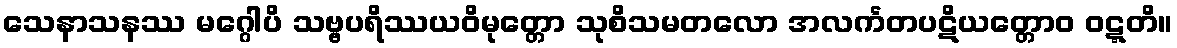
သေနာသနဿ မဂ္ဂေါပိ သဗ္ဗပရိဿယဝိမုတ္တော သုစိသမတလော အလင်္ကတပဋိယတ္တောဝ ဝဋ္ဋတိ။